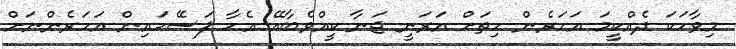
މިވާހަކަ ދެއްކީމަ އަހަރެން ހިތަށް އަރަނީ ޖަނާ ކީއްވެބާއޭ އެހާ ފަސޭހައިން އަހަރެންނަށް